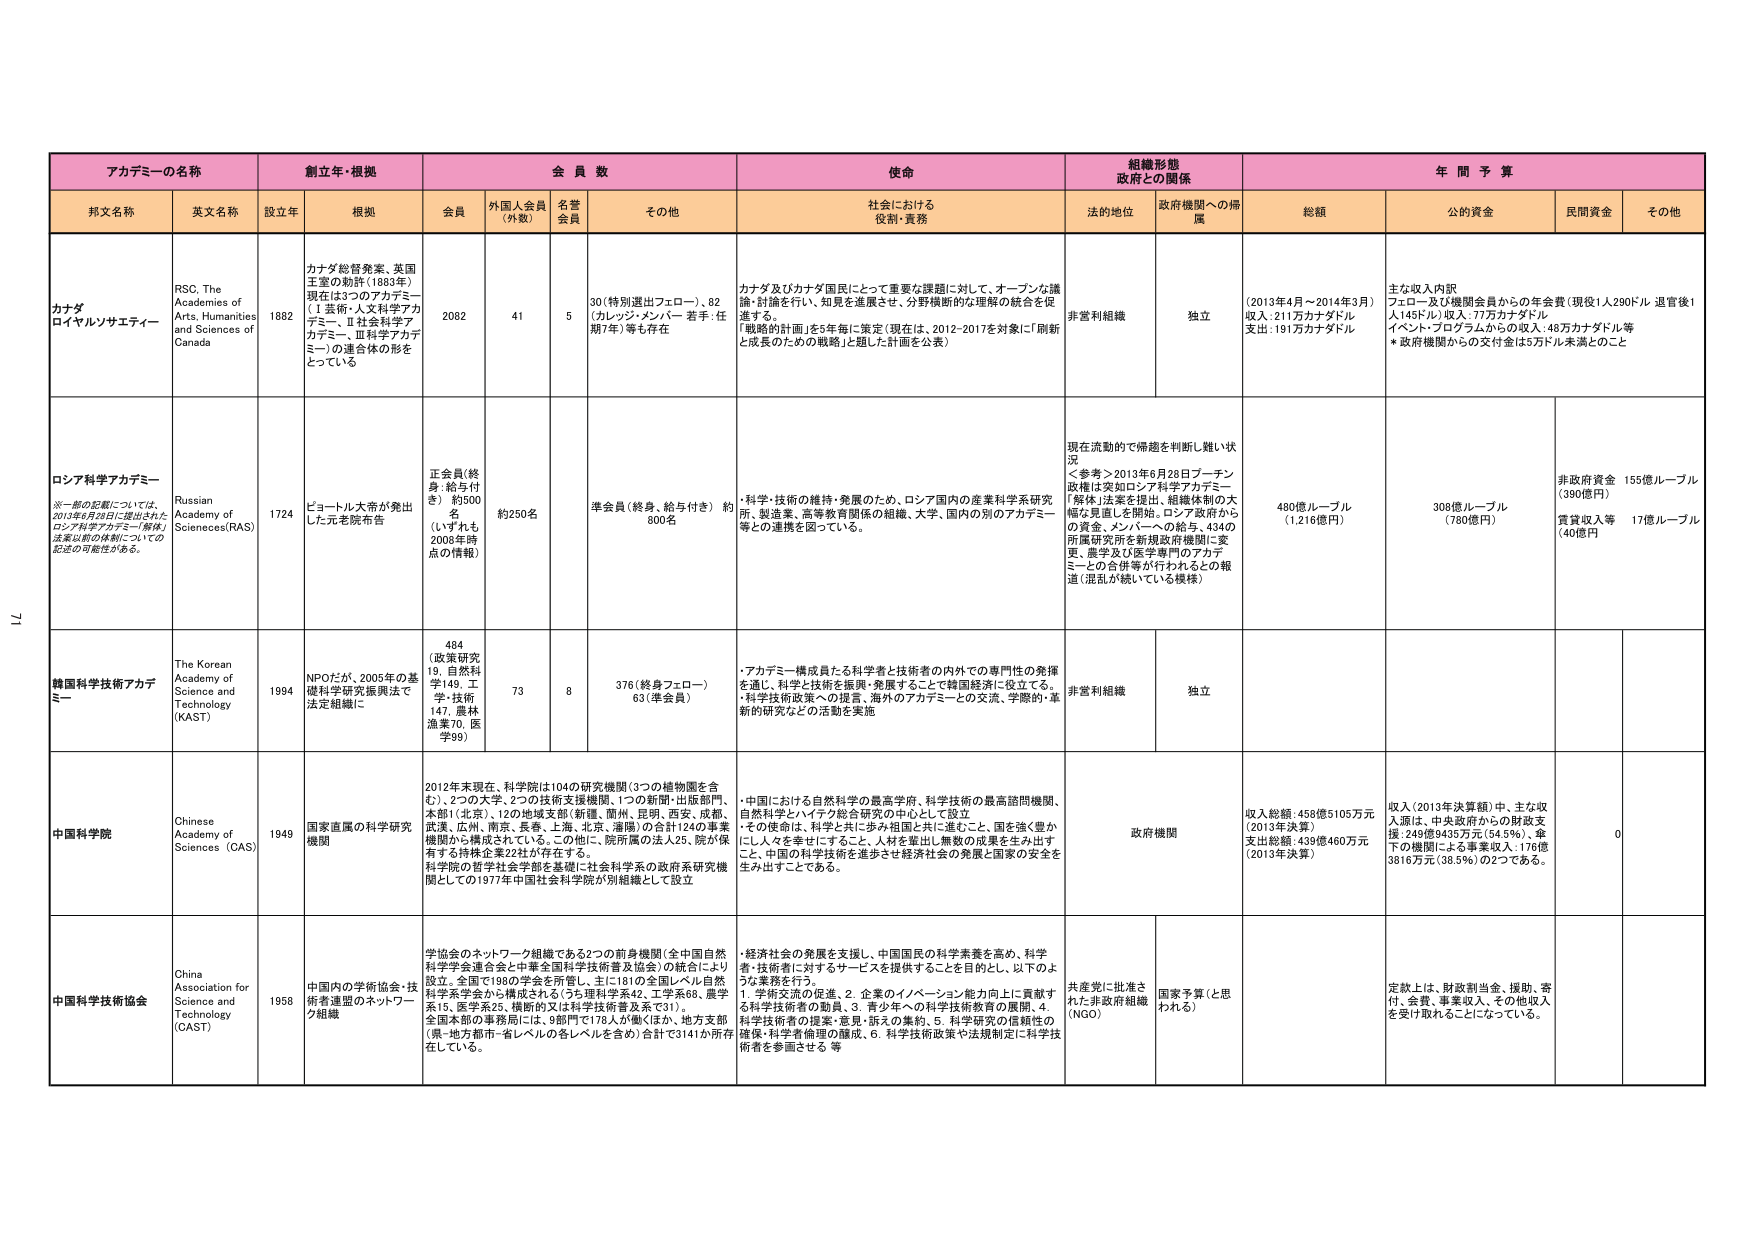
アカデミーの名称
創立年・根拠
会員数
使命
組織形態 政府との関係
年間予算

邦文名称
英文名称
設立年
根拠
会員
外国人会員（外数）
名誉会員
その他
社会における役割・責務
法的地位
政府機関への帰属
総額
公的資金
民間資金
その他

カナダロイヤルソサエティー
RSC, The Academies of Arts, Humanities and Sciences of Canada
1882
カナダ総督発案、英国王室の勅許（1883年）現在は3つのアカデミー（Ⅰ芸術・人文科学アカデミー、Ⅱ社会科学アカデミー、Ⅲ科学アカデミー）の連合体の形をとっている
2082
41
5
30（特別選出フェロー）、82（カレッジ・メンバーー 若手：任期7年）等も存在
カナダ及びカナダ国民にとって重要な課題に対して、オープンな議論・討論を行い、知見を進展させ、分野横断的な理解の統合を促進する。
「戦略的計画」を5年毎に策定（現在は、2012-2017を対象に「刷新と成長のための戦略」と題した計画を公表）
非営利組織
独立
（2013年4月～2014年3月）収入：211万カナダドル 支出：191万カナダドル
主な収入内訳
フェロー及び機関会員からの年会費（現役1人290ドル 退官後1人145ドル）収入：77万カナダドル
イベント・プログラムからの収入：48万カナダドル等
*政府機関からの交付金は5万ドル未満とのこと

ロシア科学アカデミー
※一部の記載については、2013年6月28日に提出されたロシア科学アカデミー「解体」法案以前の体制についての記述の可能性がある。
Russian Academy of Sciences(RAS)
1724
ピョートル大帝が発出した元老院布告
正会員（終身・給与付き）約500名（いずれも2008年時点の情報）
約250名
準会員（終身、給与付き）約800名
・科学・技術の維持・発展のため、ロシア国内の産業科学系研究所、製造業、高等教育関係の組織、大学、国内の別のアカデミー等との連携を図っている。
現在流動的で帰趨を判断し難い状況
＜参考＞2013年6月28日プーチン政権は突如ロシア科学アカデミー「解体」法案を提出、組織体制の大幅な見直しを開始。ロシア政府からの資金、メンバーへの給与、434の所属研究所を新規政府機関に変更、農学及び医学専門のアカデミーとの合併等が行われるとの報道（混乱が続いている模様）
480億ルーブル（1,216億円）
308億ルーブル（780億円）
非政府資金 155億ルーブル（390億円）
貸資収入等 17億ルーブル（40億円）

韓国科学技術アカデミー
The Korean Academy of Science and Technology (KAST)
1994
NPOだが、2005年の基礎科学研究振興法で法定組織に
484（政策研究19、自然科学149、工学・技術147、農林漁業70、医学99）
73
8
376（終身フェロー）63（準会員）
・アカデミー構成員たる科学者と技術者の内外での専門性の発揮を通じ、科学と技術を振興・発展することで韓国経済に役立てる。
・科学技術政策への提言、海外のアカデミーとの交流、学際的・革新的研究などの活動を実施
非営利組織
独立

中国科学院
Chinese Academy of Sciences (CAS)
1949
国家直属の科学研究機関
2012年末現在、科学院は104の研究機関（3つの植物園を含む）、2つの大学、2つの技術支援機関、1つの新聞・出版部門、本部（北京）、12の地域支部（新疆、蘭州、昆明、西安、成都、武漢、広州、南京、長春、上海、北京、瀋陽）の合計124の事業機関から構成されている。この他に、院所属の法人25、院が保有する持株企業22社が存在する。
科学院の哲学社会科学を基礎に社会科学系の政府系研究機関としての1977年中国社会科学院が別組織として設立
・中国における自然科学の最高学府、科学技術の最高諮問機関、自然科学とハイテク総合研究の中心として設立
・その使命は、科学と共に歩み祖国と共に進むこと、国を強く豊かにし人々を幸せにすること、人材を輩出し無数の成果を生み出すこと、中国の科学技術を進歩させ経済社会の発展と国家の安全を生み出すことである。
政府機関
収入総額：458億5105万元（2013年決算）
支出総額：439億460万元（2013年決算）
収入（2013年決算額）中、主な収入源は、中央政府からの財政支援：249億9435万元（54.5%）、傘下の機関による事業収入：176億3816万元（38.3%）の2つである。
0

中国科学技術協会
China Association for Science and Technology (CAST)
1958
中国内の学術協会・技術者連盟のネットワーク組織
学協会のネットワーク組織である2つの前身機関（全中国自然科学会連合会と中華全国科学技術普及協会）の統合により設立。全国で1980学会を所管し、主に1810の全国レベル自然科学系学会から構成される（うち理科学系42、工学系68、農学系15、医学系25、横断的又は科学技術普及系で31）。
全国本部の事務局には、9部門で178人が働（ほか、地方支部（県・地方都市・省レベルの各レベルを含め）合計で3141か所存在している。
・経済社会の発展を支援し、中国国民の科学素養を高め、科学者・技術者に対するサービスを提供することを目的とし、以下のよう な業務を行う。
1. 学術交流の促進、2. 企業のイノベーション能力向上に貢献する科学技術者の助言、3. 青少年への科学技術教育の展開、4. 科学技術者の提案・意見・訴えの集約、5. 科学研究の信頼性の確保・科学者倫理の醸成、6. 科学技術政策や法規制定に科学技術者を参画させる 等
共産党に批准された非政府組織（NGO）
国家予算（と思われる）
定款上は、財政割当金、援助、寄付、会費、事業収入、その他収入を受け取れることになっている。

71